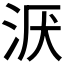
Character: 𣴇